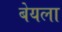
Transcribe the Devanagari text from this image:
बेयला